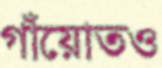
গাঁয়োতও